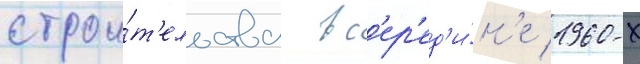
строи́т'ельства в с'ер'ед'и́н'е 1960-х